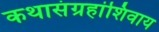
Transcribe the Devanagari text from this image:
कथासंग्रहांशिवाय